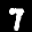
Label: 7